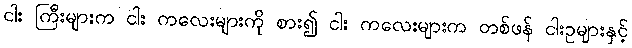
ငါး ကြီးများက ငါး ကလေးများကို စား၍ ငါး ကလေးများက တစ်ဖန် ငါးဥများနှင့်